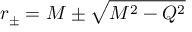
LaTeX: r _ { \pm } = M \pm \sqrt { M ^ { 2 } - Q ^ { 2 } }